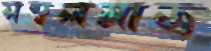
সম্বলমাত্র